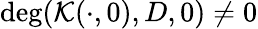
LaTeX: \deg(\mathcal{K}(\cdot,0),D,0)\neq 0